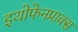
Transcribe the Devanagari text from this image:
इथोफेनप्राक्‍स